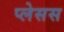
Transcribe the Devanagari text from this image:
प्लेसस